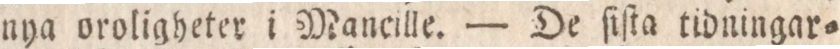
nya oroligheter i Mancille. — De ſiſta tidningar=